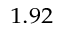
_ { 1 . 9 2 }